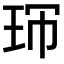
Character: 𤤚